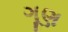
ગૂણ